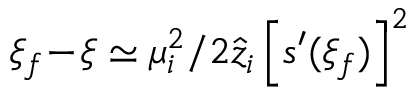
\xi _ { f } \! - \! \xi \simeq \mu _ { i } ^ { 2 } / 2 \hat { z } _ { i } \left[ s ^ { \prime } ( \xi _ { f } ) \right] ^ { 2 }